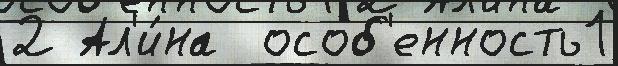
2 Ал'и́на  особ'енность1